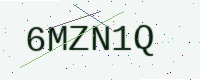
Text: 6MZN1Q